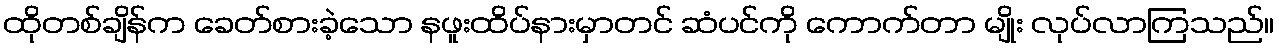
ထိုတစ်ချိန်က ခေတ်စားခဲ့သော နဖူးထိပ်နားမှာတင် ဆံပင်ကို ကောက်တာ မျိုး လုပ်လာကြသည်။